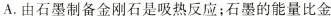
A.由石墨制备金刚石是吸热反应；石墨的能量比金